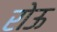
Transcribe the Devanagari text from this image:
रोऊ